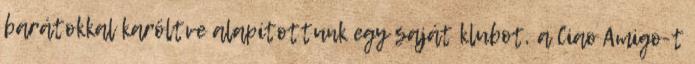
barátokkal karöltve alapítottunk egy saját klubot, a Ciao Amigo-t